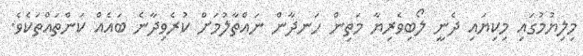
މިލިޔުމުގައި މިކިޔައި ދެނީ ލޯބިވެރިޔާ މަތިން ހަނދާން ނައްތާލުމަށް ކުރެވިދާނެ ބައެއް ކަންތައްތަކެވެ.